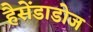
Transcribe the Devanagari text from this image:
हैसेंडाडोज